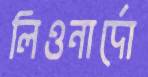
লিওনার্দো